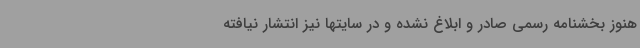
هنوز بخشنامه رسمی صادر و ابلاغ نشده و در سایتها نیز انتشار نیافته